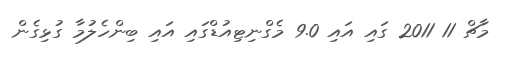
މާޗް 11 2011 ގައި އައި 9.0 މެގްނިޓިއުޑްގައި އައި ބިންހެލުމާ ގުޅިގެން